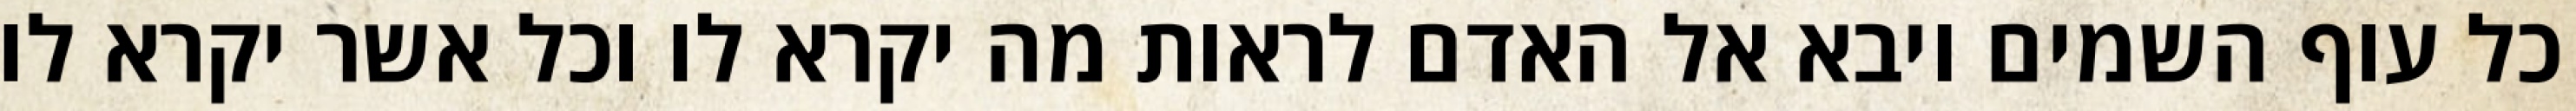
כל עוף השמים ויבא אל האדם לראות מה יקרא לו וכל אשר יקרא לו